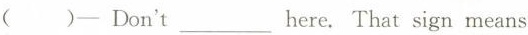
( )-Don't ___ here. That sign means